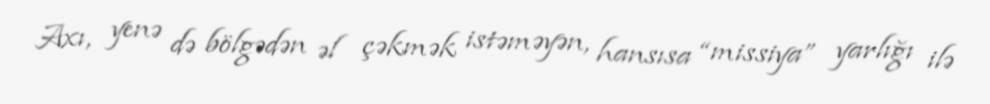
Axı, yenə də bölgədən əl çəkmək istəməyən, hansısa “missiya” yarlığı ilə